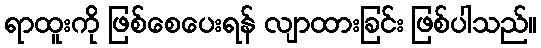
ရာထူးကို ဖြစ်စေပေးရန် လျာထားခြင်း ဖြစ်ပါသည်။